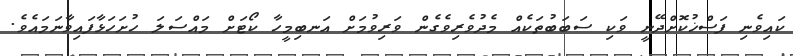
ކައިވެނި ފަސްޚުކޮށްދޭނީ ވަކި ސަބަބުތަކެއް މެދުވެރިވެގެން ވަރިވުމަށް އަނބިމީހާ ކޯޓަށް މައްސަލަ ހުށަހަޅާފައިވާނަމައެވެ.